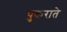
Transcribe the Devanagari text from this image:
पुकराते